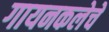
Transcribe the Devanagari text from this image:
गायनकलेचे